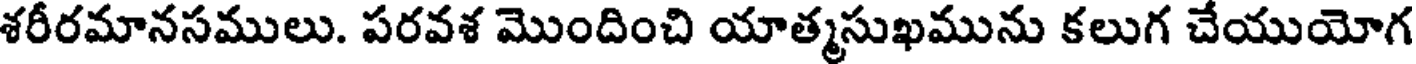
శరీరమానసములు. పరవశ మొందించి యాత్మసుఖమును కలుగ చేయుయోగ